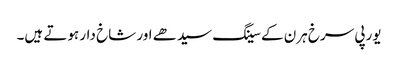
یورپی سرخ ہرن کے سینگ سیدھے اور شاخ دار ہوتے ہیں۔